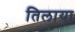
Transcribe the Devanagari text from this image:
तिलाया